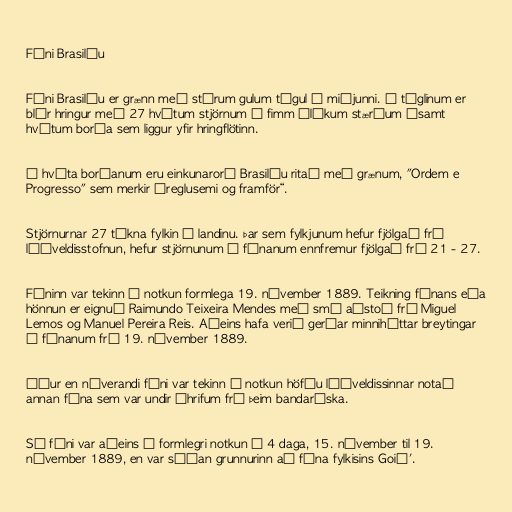
Fáni Brasilíu

Fáni Brasilíu er grænn með stórum gulum tígul í miðjunni. Í tíglinum er
blár hringur með 27 hvítum stjörnum í fimm ólíkum stærðum ásamt
hvítum borða sem liggur yfir hringflötinn.

Á hvíta borðanum eru einkunarorð Brasilíu ritað með grænum, "Ordem e
Progresso" sem merkir „reglusemi og framför“.

Stjörnurnar 27 tákna fylkin í landinu. Þar sem fylkjunum hefur fjölgað frá
lýðveldisstofnun, hefur stjörnunum í fánanum ennfremur fjölgað frá 21 - 27.

Fáninn var tekinn í notkun formlega 19. nóvember 1889. Teikning fánans eða
hönnun er eignuð Raimundo Teixeira Mendes með smá aðstoð frá Miguel
Lemos og Manuel Pereira Reis. Aðeins hafa verið gerðar minniháttar breytingar
á fánanum frá 19. nóvember 1889.

Áður en núverandi fáni var tekinn í notkun höfðu lýðveldissinnar notað
annan fána sem var undir áhrifum frá þeim bandaríska.

Sá fáni var aðeins í formlegri notkun í 4 daga, 15. nóvember til 19.
nóvember 1889, en var síðan grunnurinn að fána fylkisins Goiá'.